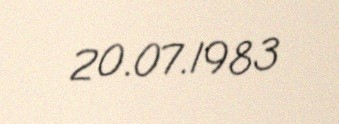
20.07.1983